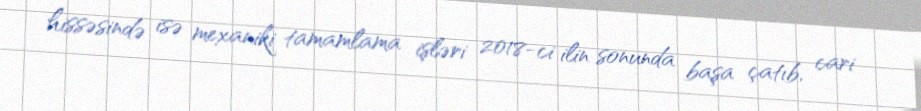
hissəsində isə mexaniki tamamlama işləri 2018-ci ilin sonunda başa çatıb, cari